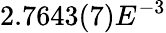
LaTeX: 2.7643(7)E^{-3}